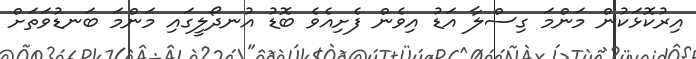
އިރުކޮޅަކުން މަންމަ ގިސްލާ އަޑު އިވެން ފެށިއެވެ ބޮޑު އުނދޯލީގައި މަންމަ ބަނޑުވަތަށް